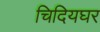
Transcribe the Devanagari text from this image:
चिदियघर